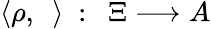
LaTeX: \langle\rho,~~\rangle~:~~\Xi\longrightarrow A